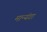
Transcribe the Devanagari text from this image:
मान्यंगा